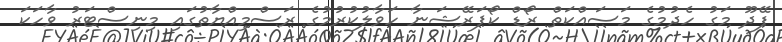
ފޭދޫ މަގު ހެދުމުގެ މަސައްކަތް ރޯޑް ކޯޕަރޭޝަނާ ހަވާލުކުރުމުގެ ރަސްމިއްޔާތުގައި މިނިސްޓަރު ވާހަކަ